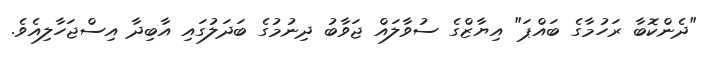
"ދެންކޮބާ ރަހުމާގެ ބައްޕަ" އިޔާޒްގެ ސުވާލައް ޖަވާބު ދިނުމުގެ ބަދަލުގައި އާބިދާ އިސްޖަހާލިއެވެ.